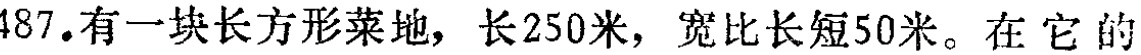
487.有一块长方形菜地，长250米，宽比长短50米。在它的